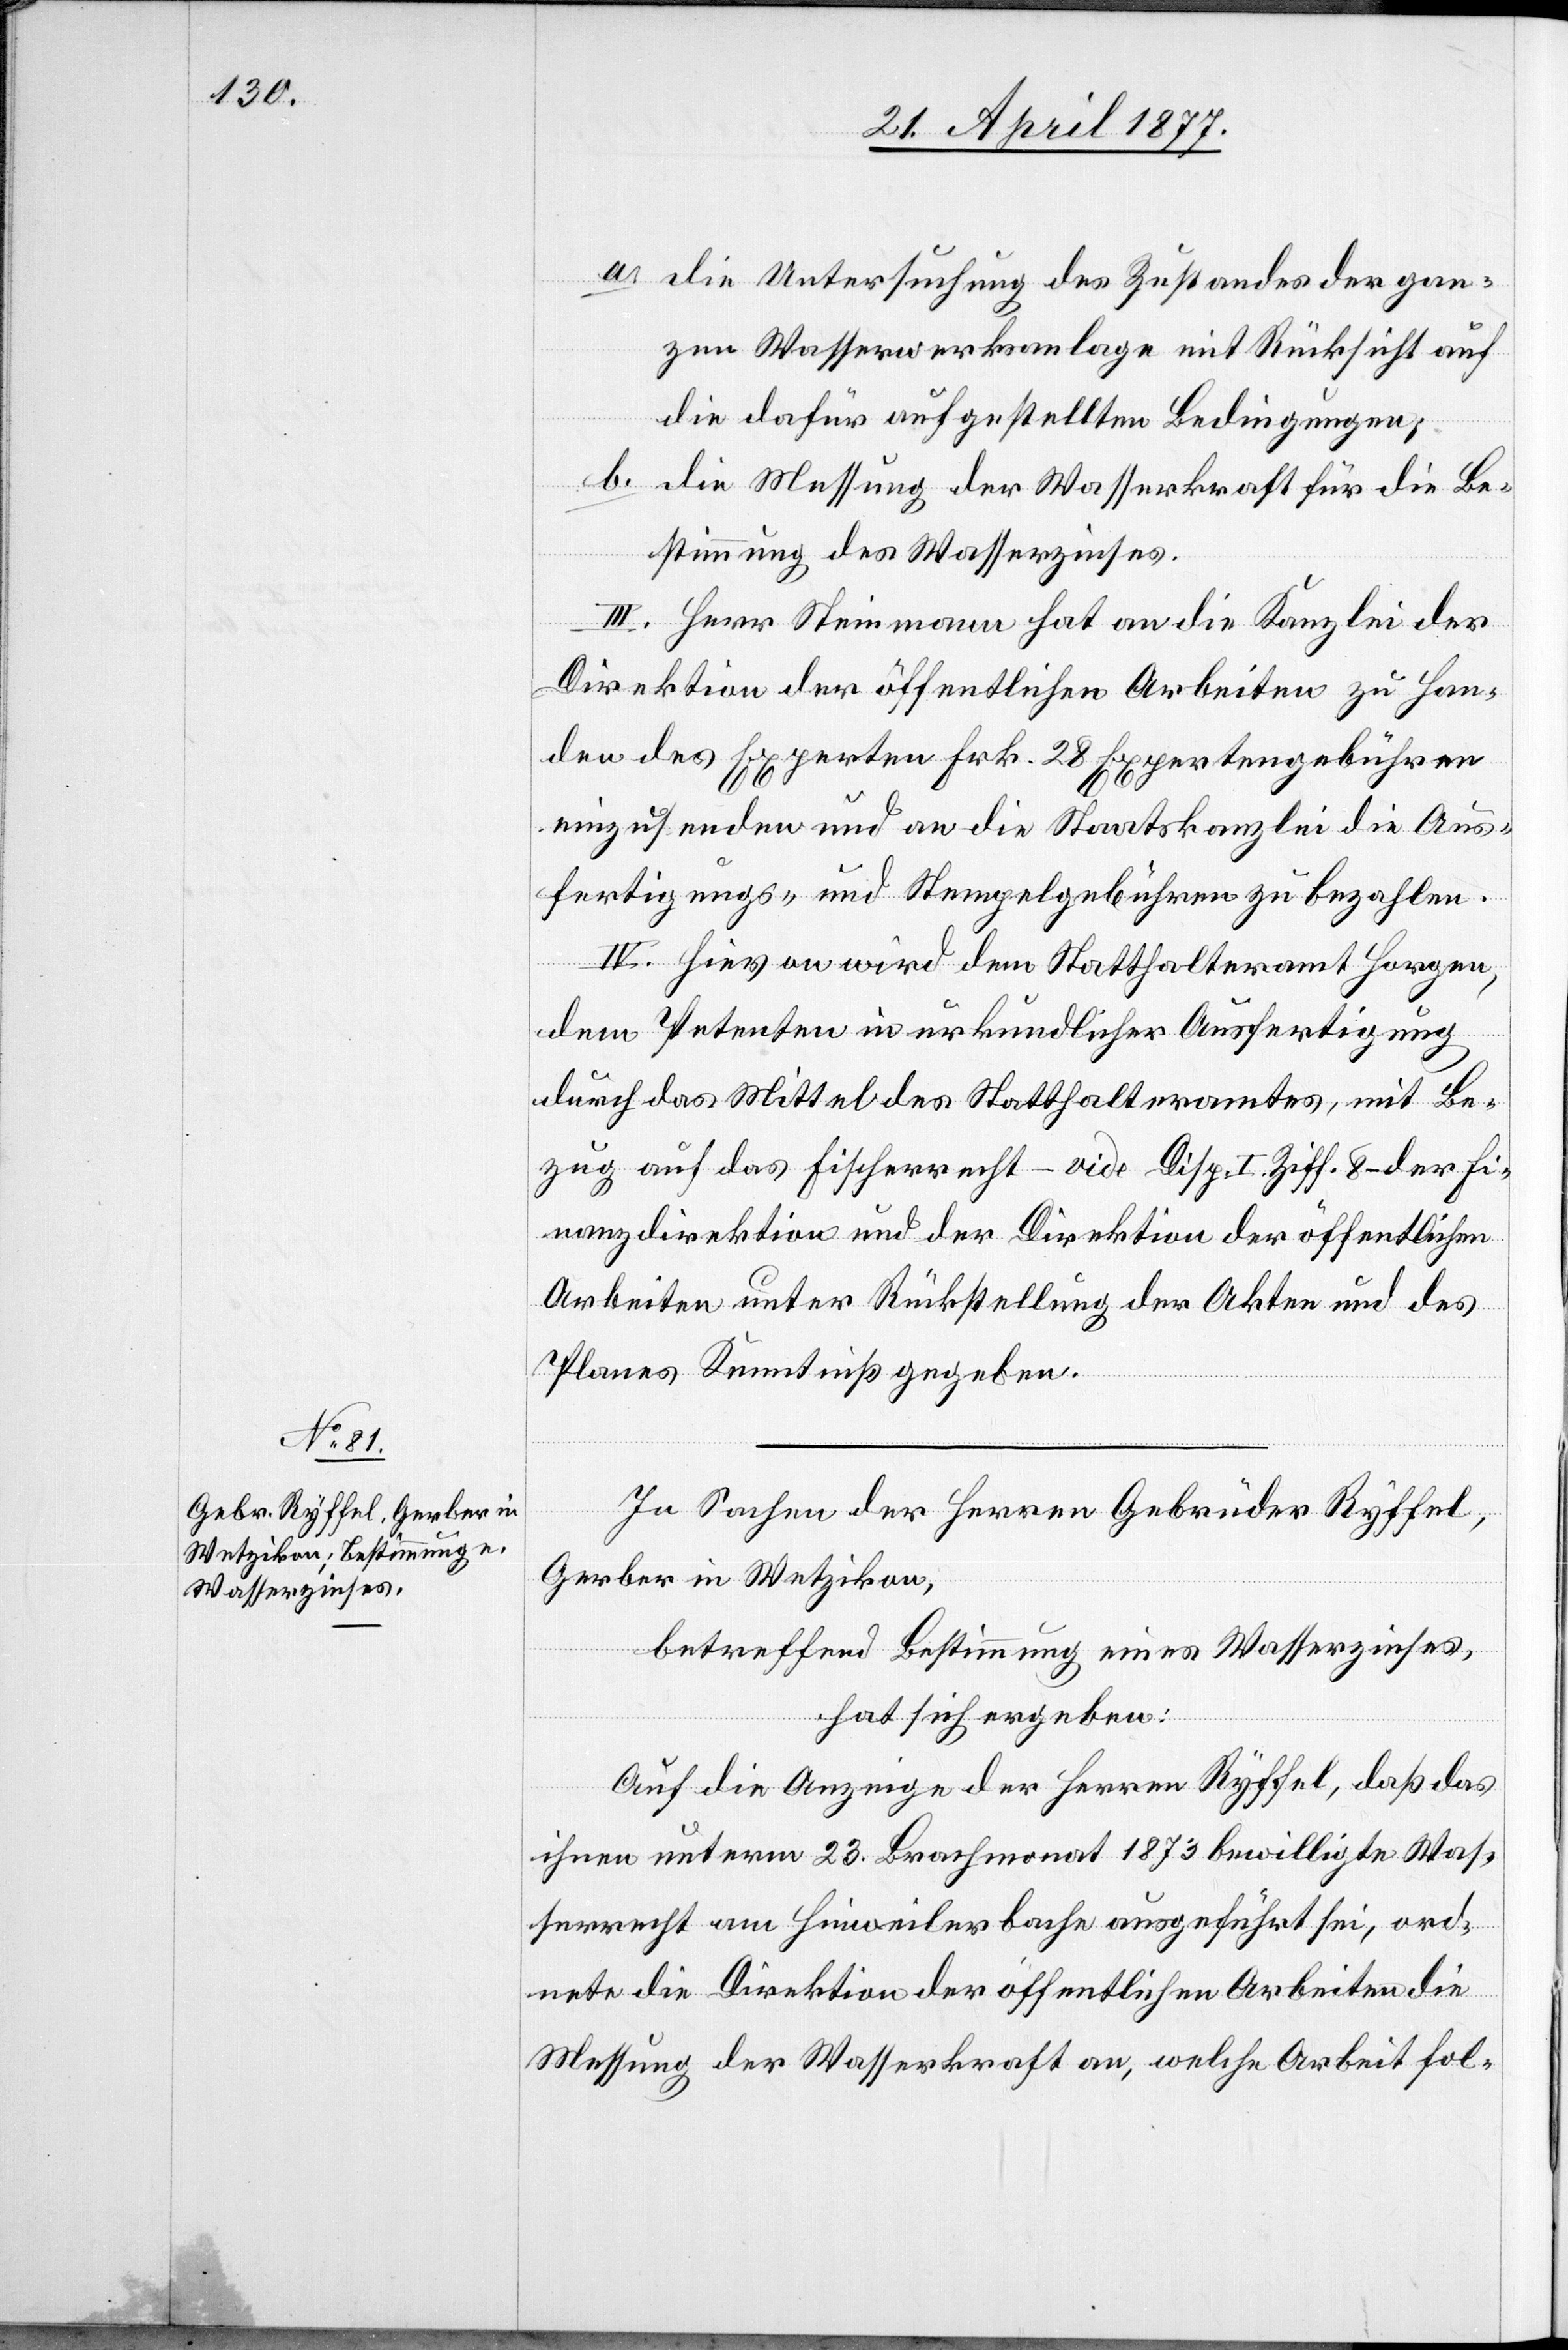
a. die Untersuchung des Zustandes der gan¬
zen Wasserwerksanlage mit Rücksicht auf
die dafür aufgestellten Bedingungen;
b. die Messung der Wasserkraft für die Be¬
stimmung des Wasserzinses.
III. Herr Steinmann hat an die Kanzlei der
Direktion der öffentlichen Arbeiten zu Han¬
den des Experten Frk. 28 Expertengebühren
einzusenden und an die Staatskanzlei die Aus¬
fertigungs- und Stempelgebühren zu bezahlen.
IV. Hievon wird dem Statthalteramt Horgen,
dem Petenten in urkundlicher Ausfertigung
durch das Mittel des Statthalteramtes, mit Be¬
zug auf das Fischerrecht – vide Disp. I. Ziff. 8 – der Fi¬
nanzdirektion und der Direktion der öffentlichen
Arbeiten unter Rückstellung der Akten und des
Planes Kenntniß gegeben.
In Sachen der Herren Gebrüder Ryffel,
Gerber in Wetzikon,
betreffend Bestimmung eines Wasserzinses,
hat sich ergeben:
Auf die Anzeige der Herren Ryffel, daß das
ihnen unterm 23. Brachmonat 1873 bewilligte Was¬
serrecht am Hinweilerbache ausgeführt sei, ord¬
nete die Direktion der öffentlichen Arbeiten die
Messung der Wasserkraft an, welche Arbeit fol-